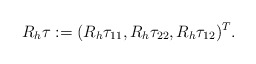
\begin{align*}R_{h}\mathbf\tau:=(R_h\tau_{11},R_h\tau_{22},R_h\tau_{12})^T.\end{align*}